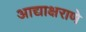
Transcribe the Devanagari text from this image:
आद्याक्षराणे